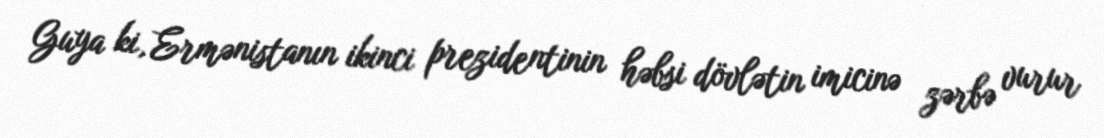
Guya ki, Ermənistanın ikinci prezidentinin həbsi dövlətin imicinə zərbə vurur